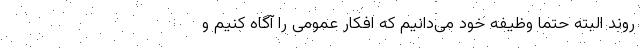
روند البته حتما وظیفه خود می‌دانیم که افکار عمومی را آگاه کنیم و